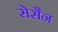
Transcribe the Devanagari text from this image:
सेसैन